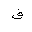
Letter: _qaf